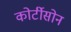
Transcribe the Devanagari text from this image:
कोर्टीसोन